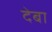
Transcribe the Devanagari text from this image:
देबा